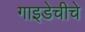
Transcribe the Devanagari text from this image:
गाइडेचीचे